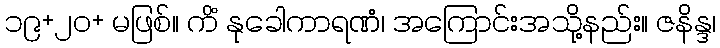
၁၉+၂၀+ မဖြစ်။ ကိံ နုခေါကာရဏံ၊ အကြောင်းအသို့နည်း။ ဇနိန္ဒ၊